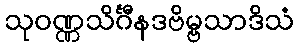
သုဝဏ္ဏသိင်္ဂီနဒဗိမ္ဗသာဒိသံ